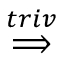
\stackrel { t r i v } { \implies }